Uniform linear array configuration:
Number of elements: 64
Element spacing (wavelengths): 0.5
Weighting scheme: kaiser
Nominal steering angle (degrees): -15
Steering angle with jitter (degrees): -13.612
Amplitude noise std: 0.05
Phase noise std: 0.05

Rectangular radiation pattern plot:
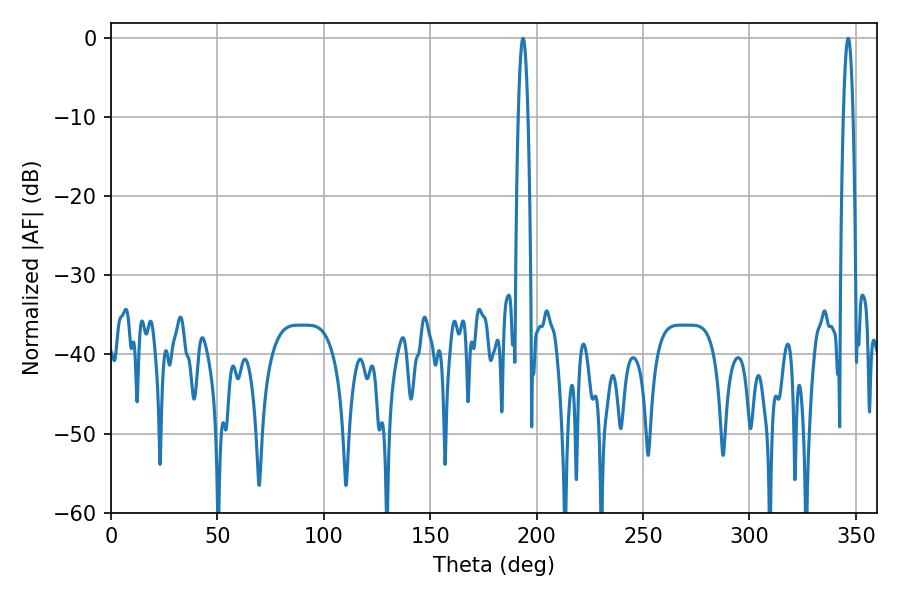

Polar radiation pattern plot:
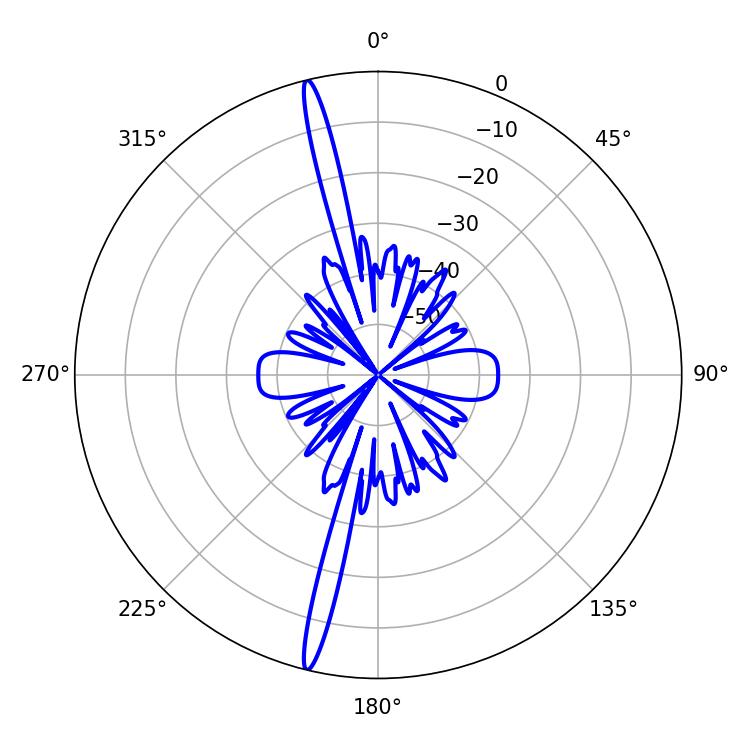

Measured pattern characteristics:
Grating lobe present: FALSE
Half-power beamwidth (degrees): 2.34
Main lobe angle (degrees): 346.32